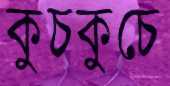
কুচকুচে